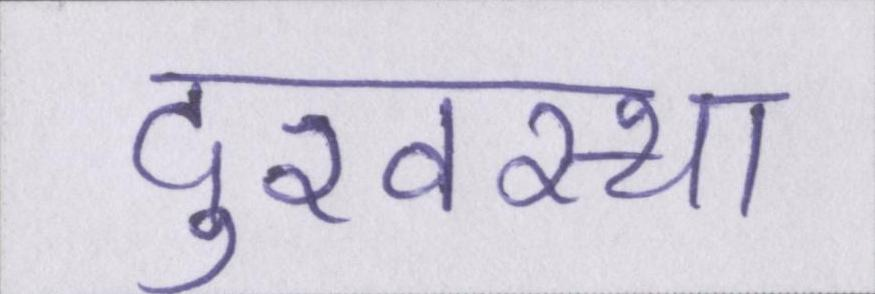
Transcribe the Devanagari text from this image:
दुरवस्था